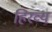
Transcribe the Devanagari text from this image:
हिरव्य